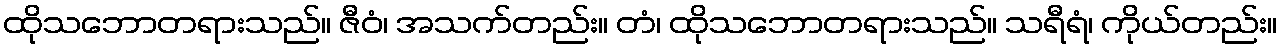
ထိုသဘောတရားသည်။ ဇီဝံ၊ အသက်တည်း။ တံ၊ ထိုသဘောတရားသည်။ သရီရံ၊ ကိုယ်တည်း။